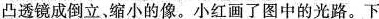
凸透镜成倒立，缩小的像。小红画了图中的光路。下